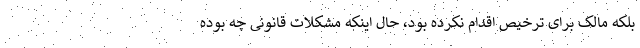
بلکه مالک برای ترخیص اقدام نکرده بود، حال اینکه مشکلات قانونی چه بوده